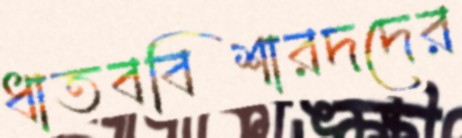
ধাতববিশারদদের